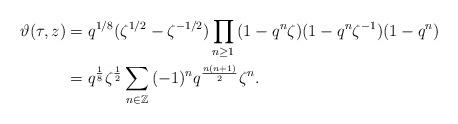
LaTeX: \begin{align*}\vartheta(\tau ,z)&=q^{1/8}(\zeta^{1/2}-\zeta^{-1/2})\prod_{n\ge 1}\,(1-q^{n}\zeta)(1-q^n \zeta^{-1})(1-q^n)\\{}&=q^{\frac{1}{8}}\zeta^{\frac{1}{2}}\sum_{n\in \Bbb Z}\,(-1)^nq^{\frac{n(n+1)}{2}}\zeta^{n}.\end{align*}